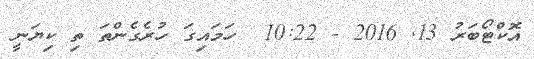
އޮކްޓޯބަރު 13